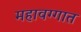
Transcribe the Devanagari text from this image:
महावग्गात